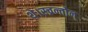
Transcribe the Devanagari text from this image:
थे।स्च्रन्तोन्